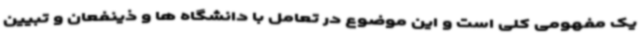
یک مفهومی کلی است و این موضوع در تعامل با دانشگاه ها و ذینفعان و تبیین